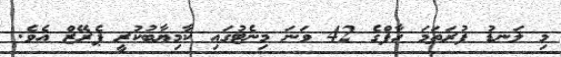
މި ލަނޑު ފުރަތަމަ ހާފްގެ 42 ވަނަ މިނެޓުގައި ކާމިޔާބުކުރީ ޕެރޭޒް އެވެ.